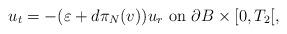
LaTeX: \begin{align*} u_t=-(\varepsilon+d\pi_N(v)) u_r\hbox{ on } \partial B\times[0,T_2[,\end{align*}